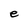
Character: e